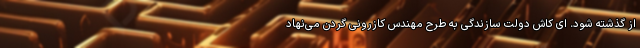
از گذشته شود. ای کاش دولت سازندگی به طرح مهندس کازرونی گردن می‌نهاد